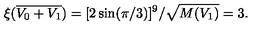
\xi ( { \overline { { V _ { 0 } + V _ { 1 } } } } ) = [ 2 \sin ( \pi / 3 ) ] ^ { 9 } / { \sqrt { M ( V _ { 1 } ) } } = 3 .